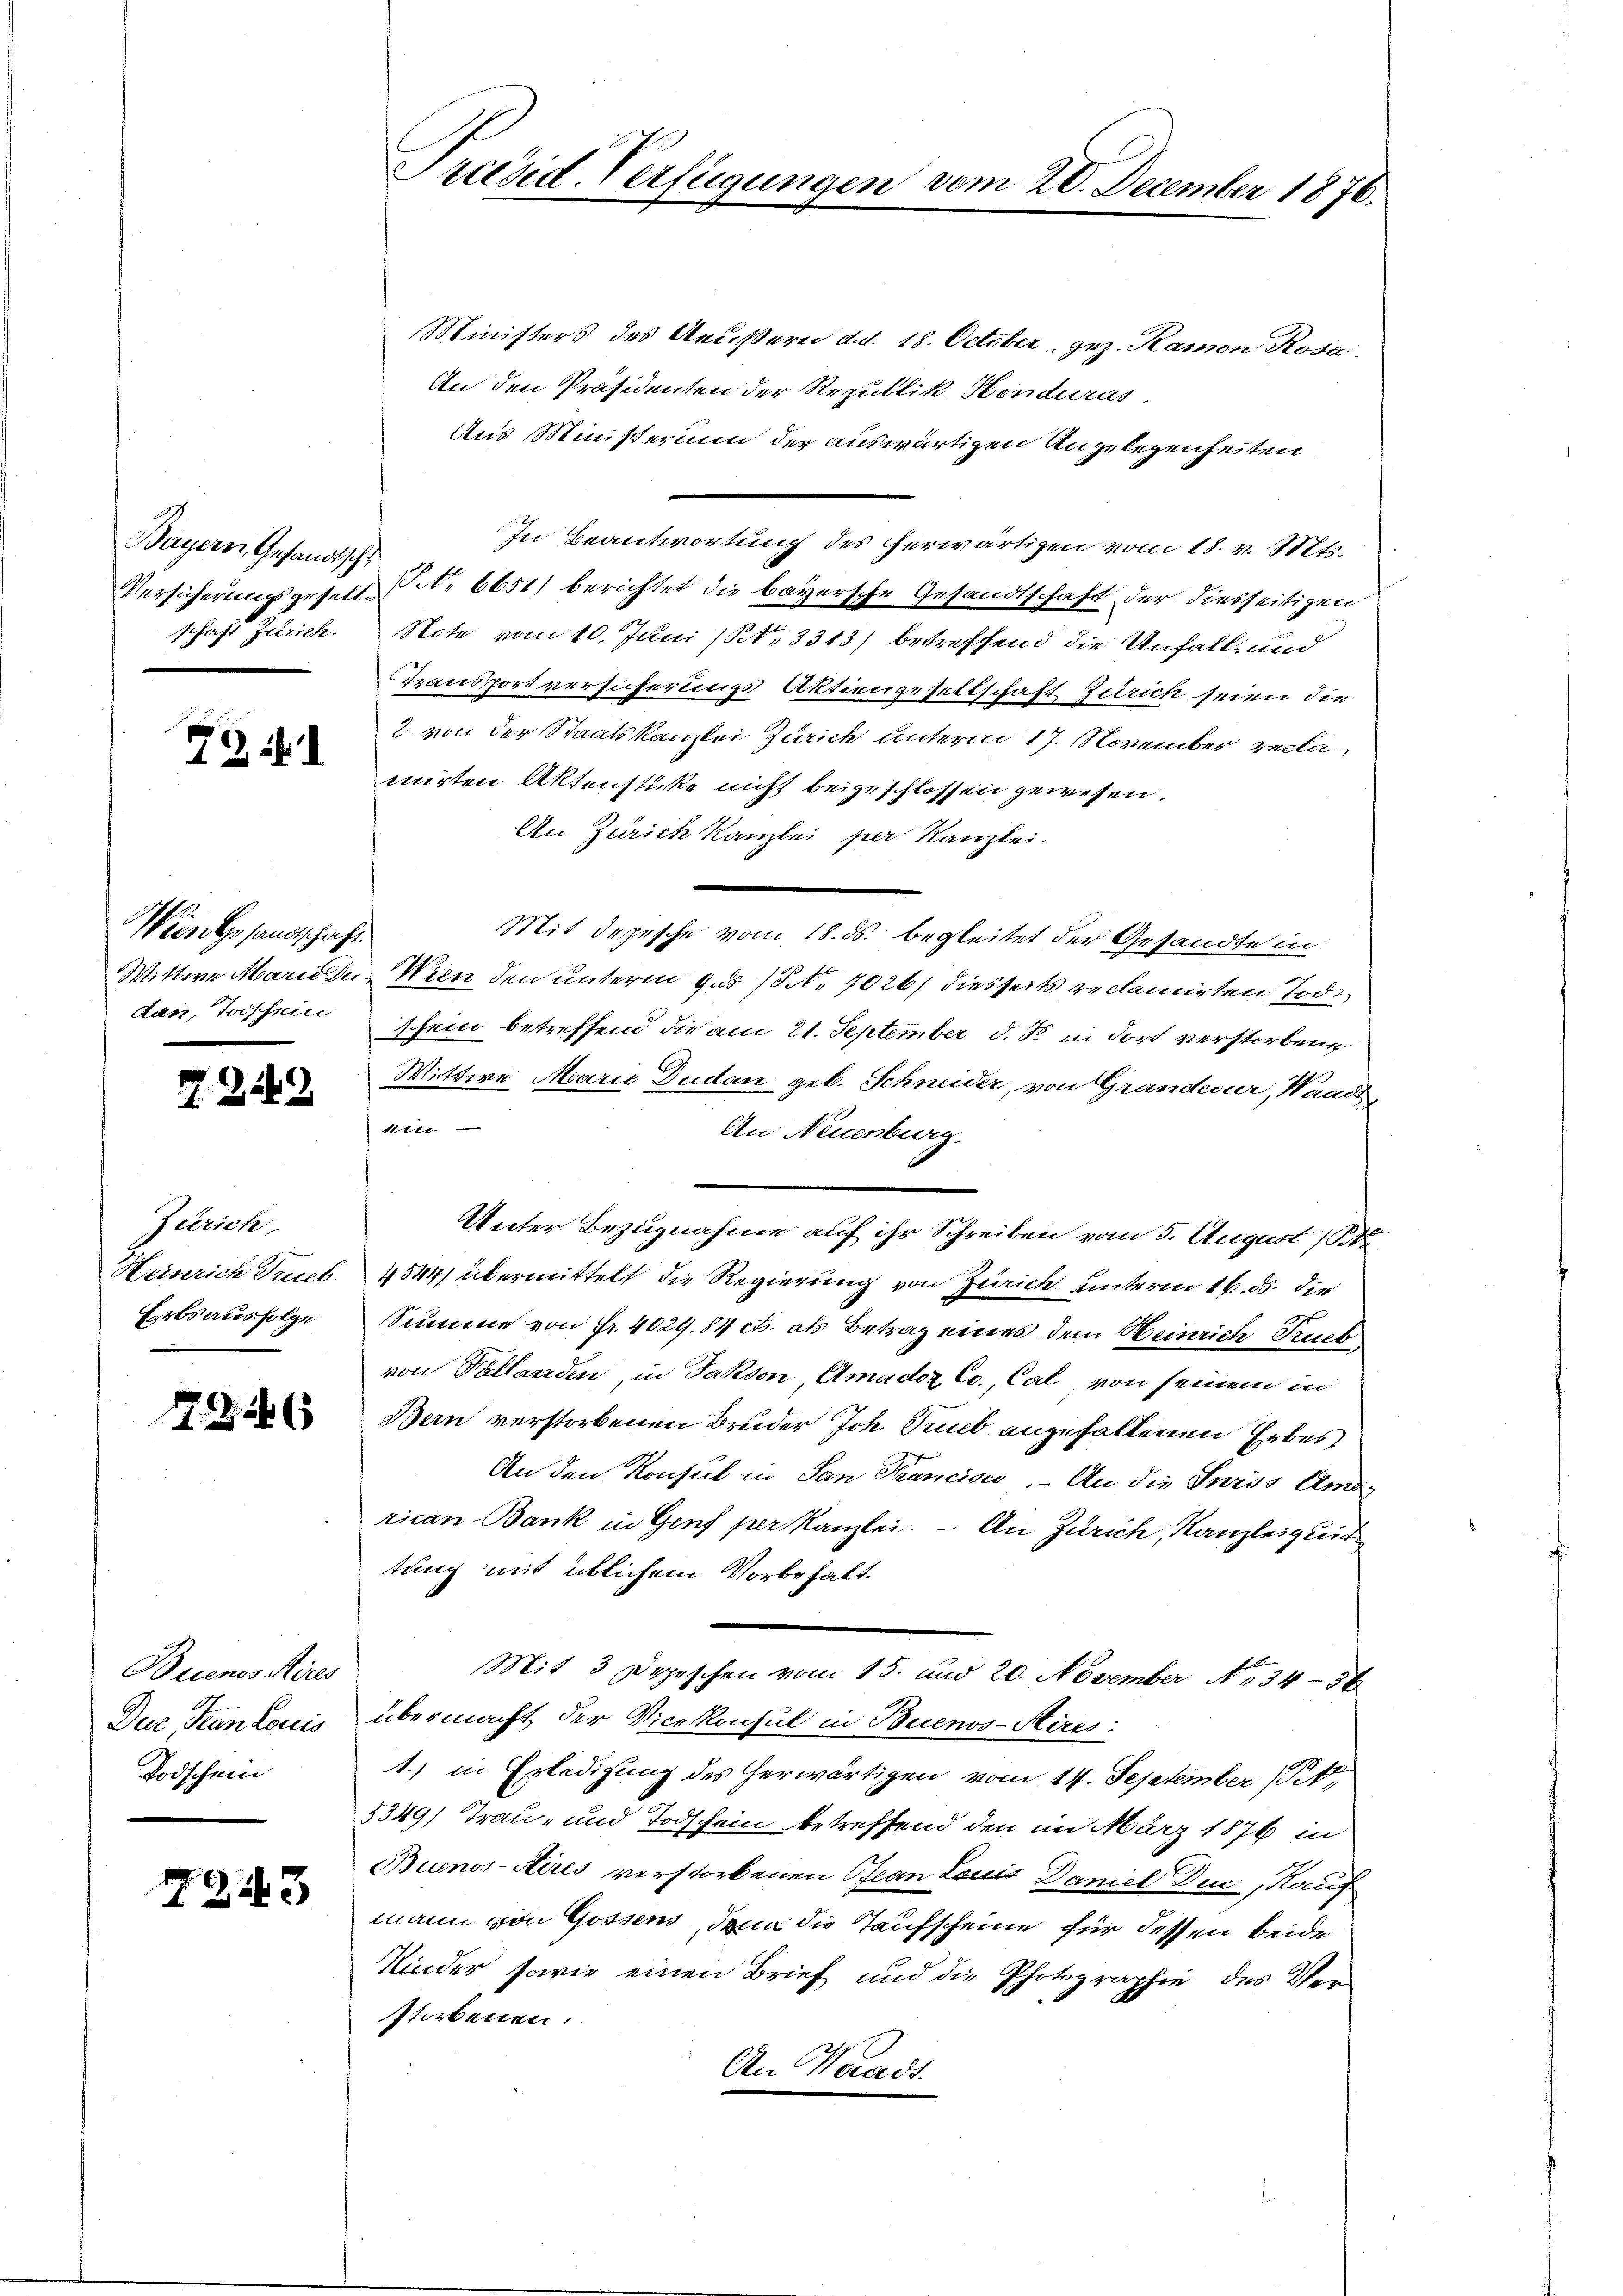
Bayern, Gesandtschl
schaft Zürich.

721

Wiese Gesandtschaft
dan, Todschein

2

Zürich
Heinrich Trieb.
Esrbs ausfolge

226

Buenos Aires
Dur Tran Louis
Todschein

2143

Ministers des Aeußern d.d. 18. October, gez. Ramon Rosa.
An den Präsidenten der Republik Henduras.
Aus Ministerium der auswärtigen Angelegenheiten
In Beantwortung des herwärtigen vom 18. v. Mts.
Versicherungsgesell No 6651) berichtet die bayersche Gesandtschaft der diesseitigen
Note vom 10. Juni (S. 3313) betreffend die Unfall, und
Transportversicherungs Aktiengesellschaft Zürich seien die
2. von der Staatskanzlei Zürich unterm 17. November reclamirten Aktenstücke nicht beigeschlossen gewesen.
An Zürich Kanzlei per Kanzlei.
Mit Depesche vom 18. ds. begleitet der Gesandte in
Wittwe Marie die Wien den unterm 9. ds / NNo. 7026/ diesseits reclamirten Todschein betreffend die am 21. September d. So in dort verstorbene
Wittwe Marie Dudan geb. Schneider, von Grandeur, Waadt,
1n
An Neuenburg.
Unter Bezugnahme auf ihr Schreiben vom 5. August 18
4544, übermittelt die Regierung von Zürich unterm 16. ds. die
Summe von Fr. 4029.84 cts. als Betrag eines dem Heinrich Truck
von Pallanden, in Jakson Amadoz Co., Cal, von seinem in
Bern verstorbenen Bruder Joh. Trub angefallenen Erbes
An den Konsul in San Francisco. - An die Swiss Uma
rican Bank in Genf per Kanzlei. – An Zürich, Kanzleignis
tung mit üblichem Vorbehalt.
Mit 3 Depeschen vom 15. und 20. November No 34-36
übermacht der Vicekonsul in Buenos-Aires:
1.) in Erledigung des herwärtigen vom 14. September 184,
8349) Trau- und Todschein, betreffend den im März 1876 in
Buenos-Aires verstorbenen Ofian Louis Daniel Du, Kauf
mann von Gossens, dann die Taufscheine für dessen beide
Kinder, sowie einen Brief und die Photographie des Verstorbenen.
An Waadt

Präsid-Verfügungen vom 20. December 1876.